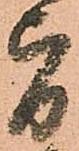
旨